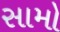
સામો